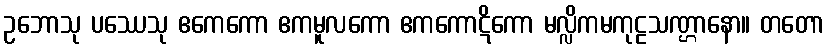
ဥဘောသု ပဿေသု ဧကေကော ဧကမူလကော ဧကကောဋိကော မလ္လိကမကုဠသဏ္ဌာနော။ တတော